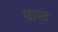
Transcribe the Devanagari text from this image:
थान्ट